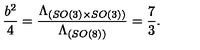
\frac { b ^ { 2 } } { 4 } = \frac { \Lambda _ { ( S O ( 3 ) \times S O ( 3 ) ) } } { \Lambda _ { ( S O ( 8 ) ) } } = \frac { 7 } { 3 } .